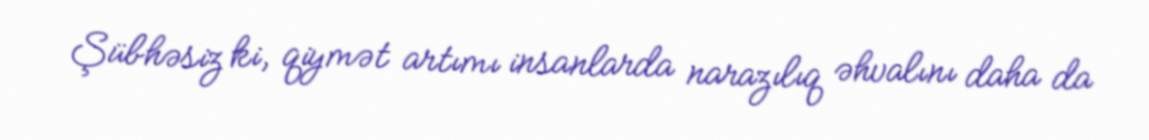
Şübhəsiz ki, qiymət artımı insanlarda narazılıq əhvalını daha da